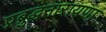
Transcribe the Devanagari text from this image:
प्रब्रुद्धनारायणा